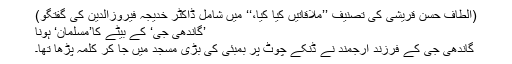
(الطاف حسن قریشی کی تصنیف ’’ملاقاتیں کیا کیا،‘‘ میں شامل ڈاکٹر خدیجہ فیروزالدین کی گفتگو)
’گاندھی جی‘ کے بیٹے کا’مسلمان‘ ہونا
گاندھی جی کے فرزند ارجمند نے ڈنکے چوٹ پر بمبئی کی بڑی مسجد میں جا کر کلمہ پڑھا تھا۔